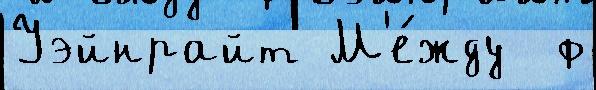
Уэйнрайт М'е́жду  ф